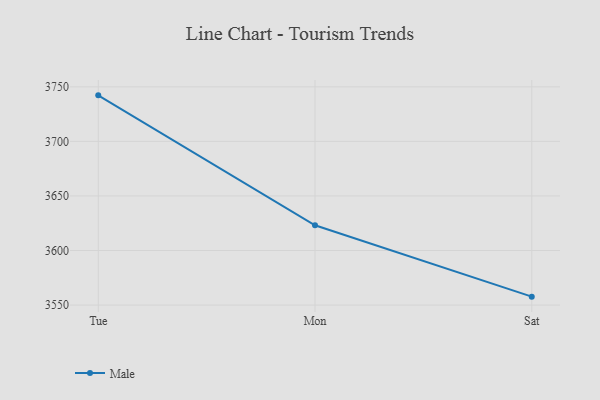
{"axis": {"x": "Day", "y": "Energy Usage (MWh)"}, "legend": ["Male"], "data": [{"x": "Tue", "y": 3742.2, "type": "Male"}, {"x": "Mon", "y": 3623.1, "type": "Male"}, {"x": "Sat", "y": 3557.7, "type": "Male"}]}